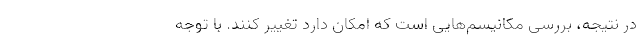
در نتیجه، بررسی مکانیسم‌هایی است که امکان دارد تغییر کنند. با توجه